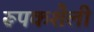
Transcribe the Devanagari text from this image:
रूपकशैली